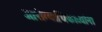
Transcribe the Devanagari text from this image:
आरोग्याधिकाऱ्यांना